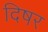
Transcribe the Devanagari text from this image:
दिषर